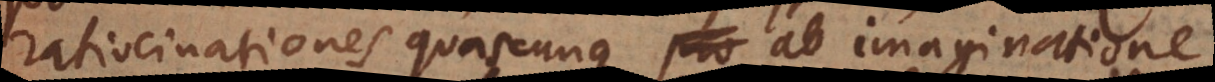
ratiocinationes quascunque ab imaginatione